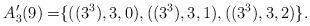
LaTeX: \begin{align*} A'_3(9) =& \{ ((3^3),3,0),((3^3),3,1),((3^3),3,2) \}. \end{align*}